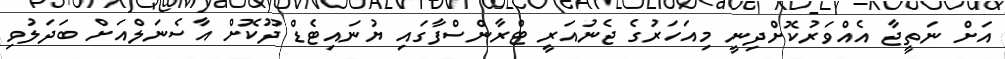
އަށް ނަތީޖާ އެއްވަރުކޮށްދިނީ މިއަހަރުގެ ޖެނުއަރީ ޓްރާންސްފާގައި ޔުނައިޓެޑް ދޫކޮށް އާސެނަލްއަށް ބަދަލުވި